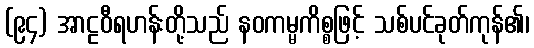
(၉၄) အာဠဝီရဟန်းတို့သည် နဝကမ္မကိစ္စဖြင့် သစ်ပင်ခုတ်ကုန်၏၊